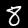
Label: 8